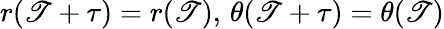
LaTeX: r(\mathscr{T}+\tau)=r(\mathscr{T}),\, \theta(\mathscr{T}+\tau)=\theta(\mathscr{T})